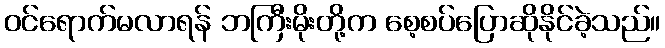
ဝင်ရောက်မလာရန် ဘကြီးမိုးတို့က စေ့စပ်ပြောဆိုနိုင်ခဲ့သည်။